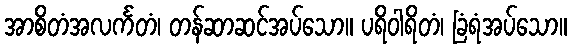
အာစိတံအလင်္ကတံ၊ တန်ဆာဆင်အပ်သော။ ပရိဝါရိတံ၊ ခြံရံအပ်သော။